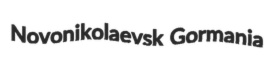
Novonikolaevsk Gormania